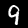
Digit: 9